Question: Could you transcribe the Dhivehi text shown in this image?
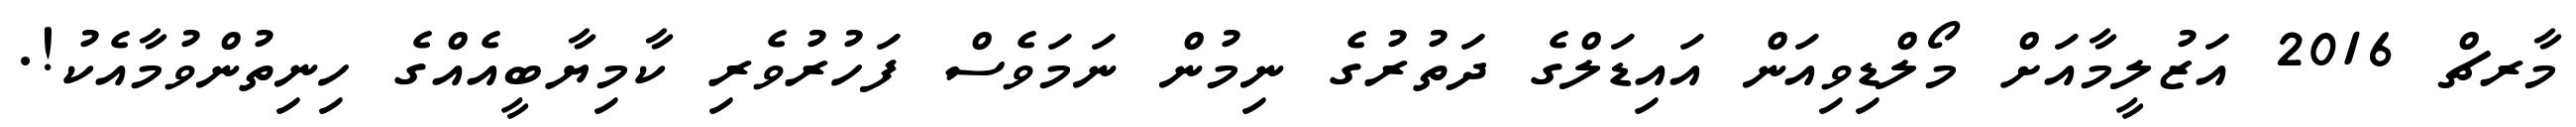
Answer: މާރޗް 2016 އަޒުލީމާއަށް މޯލްޑިވިއަން އައިޑަލްގެ ދަތުރުގެ ނިމުން ނަމަވެސް ފަހުރުވެރި ކާމިޔާބީއެއްގެ ހިނިތުންވުމާއެކު!.